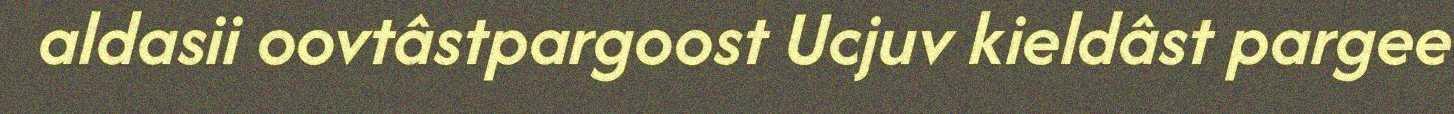
aldasii oovtâstpargoost Ucjuv kieldâst pargee